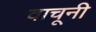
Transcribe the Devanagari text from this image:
वाचूनी